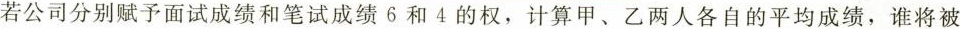
若公司分别赋予面试成绩和笔试成绩6和4的权，计算甲、乙两人各自的平均成绩，谁将被